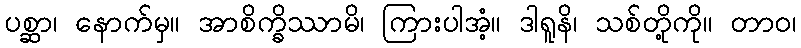
ပစ္ဆာ၊ နောက်မှ။ အာစိက္ခိဿာမိ၊ ကြားပါအံ့။ ဒါရူနိ၊ သစ်တို့ကို။ တာဝ၊